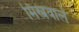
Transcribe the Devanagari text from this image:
मिस्त्रवाले